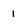
Character: I